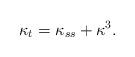
LaTeX: \begin{align*}\kappa_{t} = \kappa_{ss}+\kappa^{3}.\end{align*}